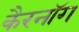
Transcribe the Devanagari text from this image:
कैरनॉग